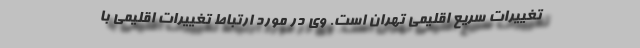
تغییرات سریع اقلیمی تهران است. وی در مورد ارتباط تغییرات اقلیمی با